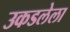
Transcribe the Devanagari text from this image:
उकडलेला